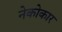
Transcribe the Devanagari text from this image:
नेकोकार